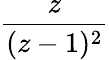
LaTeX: \frac{z}{(z-1)^{2}}